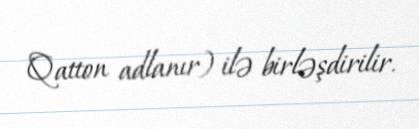
Qatton adlanır) ilə birləşdirilir.